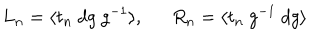
LaTeX: L _ { n } = \langle t _ { n } ~ d g ~ g ^ { - 1 } \rangle , R _ { n } = \langle t _ { n } ~ g ^ { - 1 } ~ d g \rangle